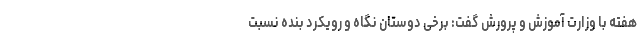
هفته با وزارت آموزش و پرورش گفت: برخی دوستان نگاه و رویکرد بنده نسبت